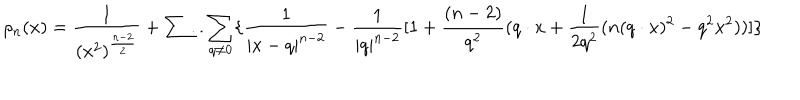
LaTeX: \rho _ { n } ( x ) = \frac { 1 } { ( x ^ { 2 } ) ^ { \frac { n - 2 } { 2 } } } + \sum . . \sum _ { q \neq 0 } \{ \frac { 1 } { | x - q | ^ { n - 2 } } - \frac { 1 } { | q | ^ { n - 2 } } [ 1 + \frac { ( n - 2 ) } { q ^ { 2 } } ( q \cdot x + \frac { 1 } { 2 q ^ { 2 } } ( n ( q \cdot x ) ^ { 2 } - q ^ { 2 } x ^ { 2 } ) ) ] \}